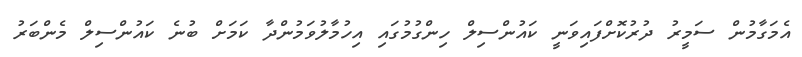
އެމަގާމުން ސަމީރު ދުރުކޮށްފައިވަނީ ކައުންސިލް ހިންގުމުގައި އިހުމާލުވަމުންދާ ކަމަށް ބުނެ ކައުންސިލް މެންބަރު